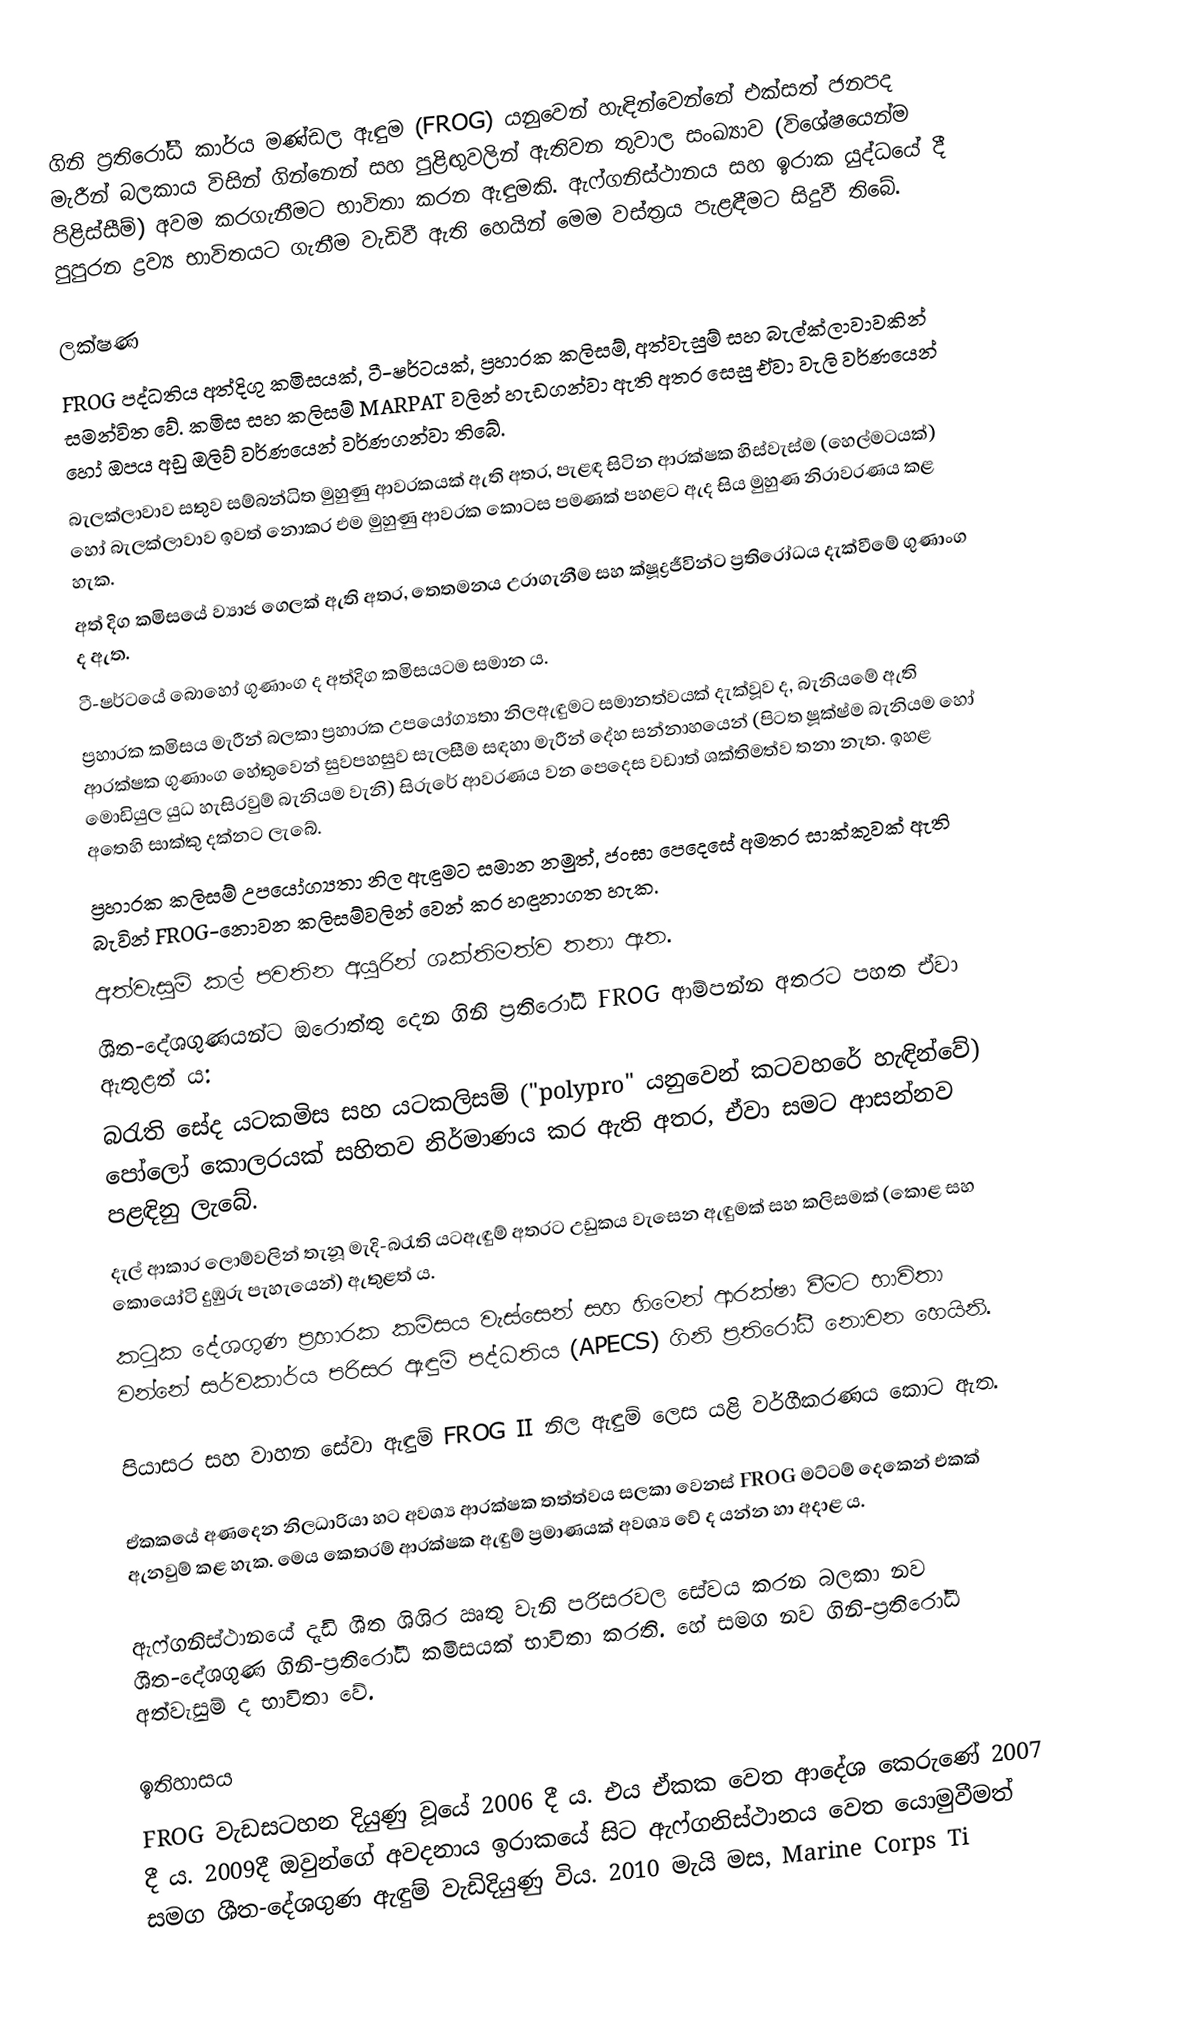
ගිනි ප්‍රතිරෝධී කාර්ය මණ්ඩල ඇඳුම (FROG) යනුවෙන් හැඳින්වෙන්නේ එක්සත් ජනපද මැරීන් බලකාය විසින් ගින්නෙන් සහ පුළිඟුවලින් ඇතිවන තුවාල සංඛ්‍යාව (විශේෂයෙන්ම පිළිස්සීම්) අවම කරගැනීමට භාවිතා කරන ඇඳුමකි. ඇෆ්ගනිස්ථානය සහ ඉරාක යුද්ධයේ දී පුපුරන ද්‍රව්‍ය භාවිතයට ගැනීම වැඩිවී ඇති හෙයින් මෙම වස්ත්‍රය පැළඳීමට සිදුවී තිබේ.

ලක්ෂණ
FROG පද්ධතිය අත්දිගු කමිසයක්, ටී-ෂර්ටයක්, ප්‍රහාරක කලිසම්, අත්වැසුම් සහ බැල්ක්ලාවාවකින් සමන්විත වේ. කමිස සහ කලිසම් MARPAT වලින් හැඩගන්වා ඇති අතර සෙසු ඒවා වැලි වර්ණයෙන් හෝ ඔපය අඩු ඔලිව් වර්ණයෙන් වර්ණගන්වා තිබේ.
 බැලක්ලාවාව සතුව සම්බන්ධිත මුහුණු ආවරකයක් ඇති අතර, පැළඳ සිටින ආරක්ෂක හිස්වැස්ම (හෙල්මටයක්) හෝ බැලක්ලාවාව ඉවත් නොකර එම මුහුණු ආවරක කොටස පමණක් පහළට ඇද සිය මුහුණ නිරාවරණය කළ හැක.
 අත් දිග කමිසයේ ව්‍යාජ ගෙලක් ඇති අතර, තෙතමනය උරාගැනීම සහ ක්ෂූද්‍රජීවින්ට ප්‍රතිරෝධය දැක්වීමේ ගුණාංග ද ඇත.
 ටී-ෂර්ටයේ බොහෝ ගුණාංග ද අත්දිග කමිසයටම සමාන ය.
 ප්‍රහාරක කමිසය මැරීන් බලකා ප්‍රහාරක උපයෝග්‍යතා නිලඇඳුමට සමානත්වයක් දැක්වූව ද, බැනියමේ ඇති ආරක්ෂක ගුණාංග හේතුවෙන් සුවපහසුව සැලසීම සඳහා මැරීන් දේහ සන්නාහයෙන් (පිටත ෂූක්ෂ්ම බැනියම හෝ මොඩියුල යුධ හැසිරවුම් බැනියම වැනි) සිරුරේ ආවරණය වන පෙදෙස වඩාත් ශක්තිමත්ව තනා නැත. ඉහළ අතෙහි සාක්කු දක්නට ලැබේ.
 ප්‍රහාරක කලිසම් උපයෝග්‍යතා නිල ඇඳුමට සමාන නමුත්, ජංඝා පෙදෙසේ අමතර සාක්කුවක් ඇති බැවින් FROG-‍නොවන කලිසම්වලින් වෙන් කර හඳුනාගත හැක.
 අත්වැසුම් කල් පවතින අයුරින් ශක්තිමත්ව තනා ඇත.
 ශීත-දේශගුණයන්ට ඔරොත්තු දෙන ගිනි ප්‍රතිරෝධී FROG ආම්පන්න අතරට පහත ඒවා ඇතුළත් ය:
 බරැති සේද යටකමිස සහ යටකලිසම් ("polypro" යනුවෙන් කටවහරේ හැඳින්වේ) පෝලෝ කොලරයක් සහිතව නිර්මාණය කර ඇති අතර, ඒවා සමට ආසන්නව පළඳිනු ලැබේ.
 දැල් ආකාර ලොම්වලින් තැනූ මැදි-බරැති යටඇඳුම් අතරට උඩුකය වැසෙන ඇඳුමක් සහ කලිසමක් (කොළ සහ කොයෝ‍ටි දුඹුරු පැහැයෙන්) ඇතුළත් ය.
 කටුක දේශගුණ ප්‍රහාරක කමිසය වැස්සෙන් සහ හිමෙන් ආරක්ෂා වීමට භාවිතා වන්නේ සර්වකාර්ය පරිසර ඇඳුම් පද්ධතිය (APECS) ගිනි ප්‍රතිරෝධී නොවන හෙයිනි.

පියාසර සහ වාහන සේවා ඇඳුම් FROG II නිල ඇඳුම් ලෙස යළි වර්ගීකරණය කොට ඇත.

ඒකකයේ අණදෙන නිලධාරියා හට අවශ්‍ය ආරක්ෂක තත්ත්වය සලකා වෙනස් FROG මට්ටම් දෙකෙන් එකක් ඇනවුම් කළ හැක. මෙය කෙතරම් ආරක්ෂක ඇඳුම් ප්‍රමාණයක් අවශ්‍ය වේ ද යන්න හා අදාළ ය.

ඇෆ්ගනිස්ථානයේ දැඩි ශීත ශිශිර ඍතු වැනි පරිසරවල සේවය කරන බලකා නව ශීත-දේශගුණ ගිනි-ප්‍රතිරෝධී කමිසයක් භාවිතා කරති. හේ සමග නව ගිනි-ප්‍රතිරෝධී අත්වැසුම් ද භාවිතා වේ.

ඉතිහාසය
FROG වැඩසටහන දියුණු වූයේ 2006 දී ය. එය ඒකක වෙත ආදේශ කෙරුණේ 2007 දී ය. 2009දී ඔවුන්ගේ අවදනාය ඉරාකයේ සිට ඇෆ්ගනිස්ථානය වෙත යොමුවීමත් සමග ශීත-දේශගුණ ඇඳුම් වැඩිදියුණු විය. 2010 මැයි මස, Marine Corps Ti